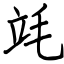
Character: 竓